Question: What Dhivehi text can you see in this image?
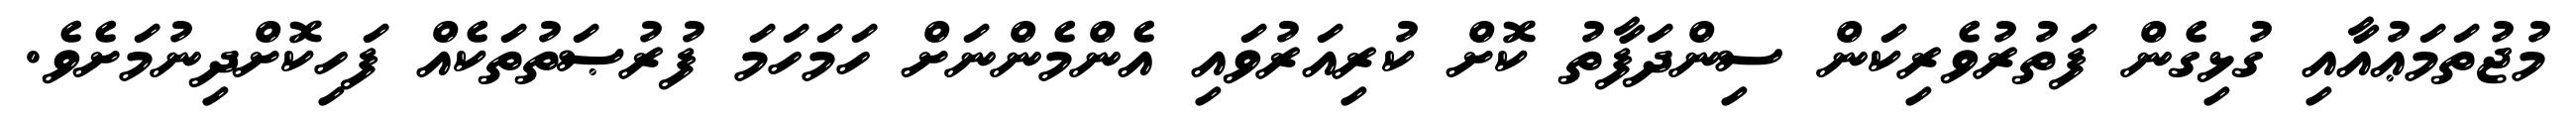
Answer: މުޖުތަމަޢުއާއި ގުޅިގެން ފަތުރުވެރިކަން ސިންދަފާތު ކޮށް ކުރިއަރުވައި އެންމެންނަށް ހަމަހަމަ ފުރުޞަތުތަކެއް ފަހިކޮށްދިނުމަށެވެ.